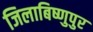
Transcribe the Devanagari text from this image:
जिलाबिष्णुपुर